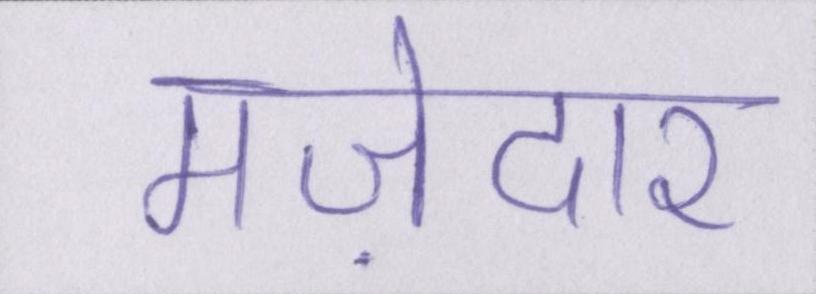
मज़ेदार